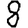
Digit: 8